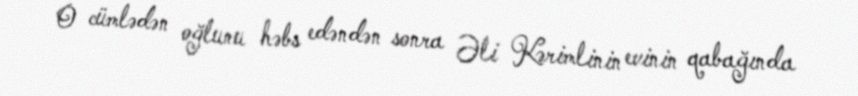
O cümlədən oğlunu həbs edəndən sonra Əli Kərimlinin evinin qabağında